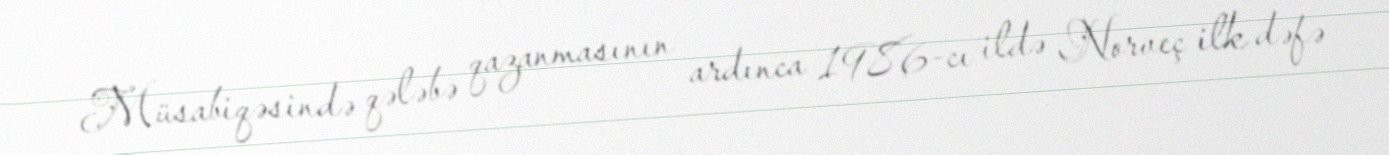
Müsabiqəsində qələbə qazanmasının ardınca 1986-cı ildə Norveç ilk dəfə